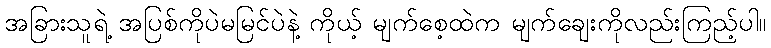
အခြားသူရဲ့ အပြစ်ကိုပဲမမြင်ပဲနဲ့ ကိုယ့် မျက်စေ့ထဲက မျက်ချေးကိုလည်းကြည့်ပါ။